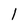
Character: l